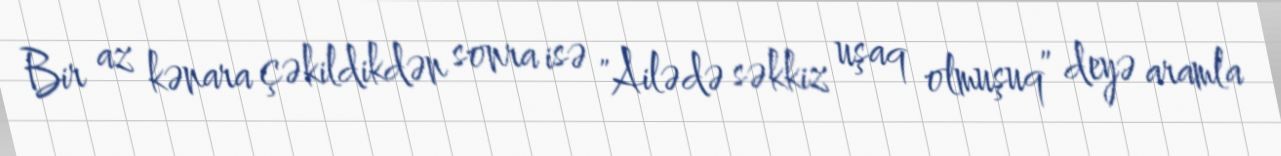
Bir az kənara çəkildikdən sonra isə "Ailədə səkkiz uşaq olmuşuq” deyə aramla